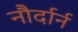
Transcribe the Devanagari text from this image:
नौर्दार्न